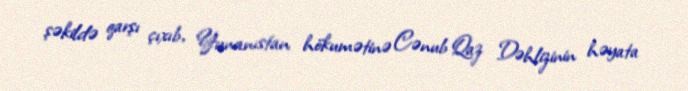
şəkildə qarşı çıxıb, Yunanıstan hökumətinə Cənub Qaz Dəhlizinin həyata